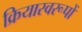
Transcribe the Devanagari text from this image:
क्रियास्वरूपों